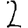
Digit: 2